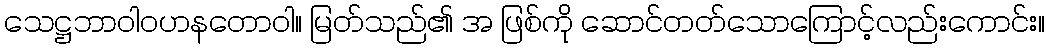
သေဋ္ဌဘာဝါဝဟနတောဝါ။ မြတ်သည်၏ အ ဖြစ်ကို ဆောင်တတ်သောကြောင့်လည်းကောင်း။